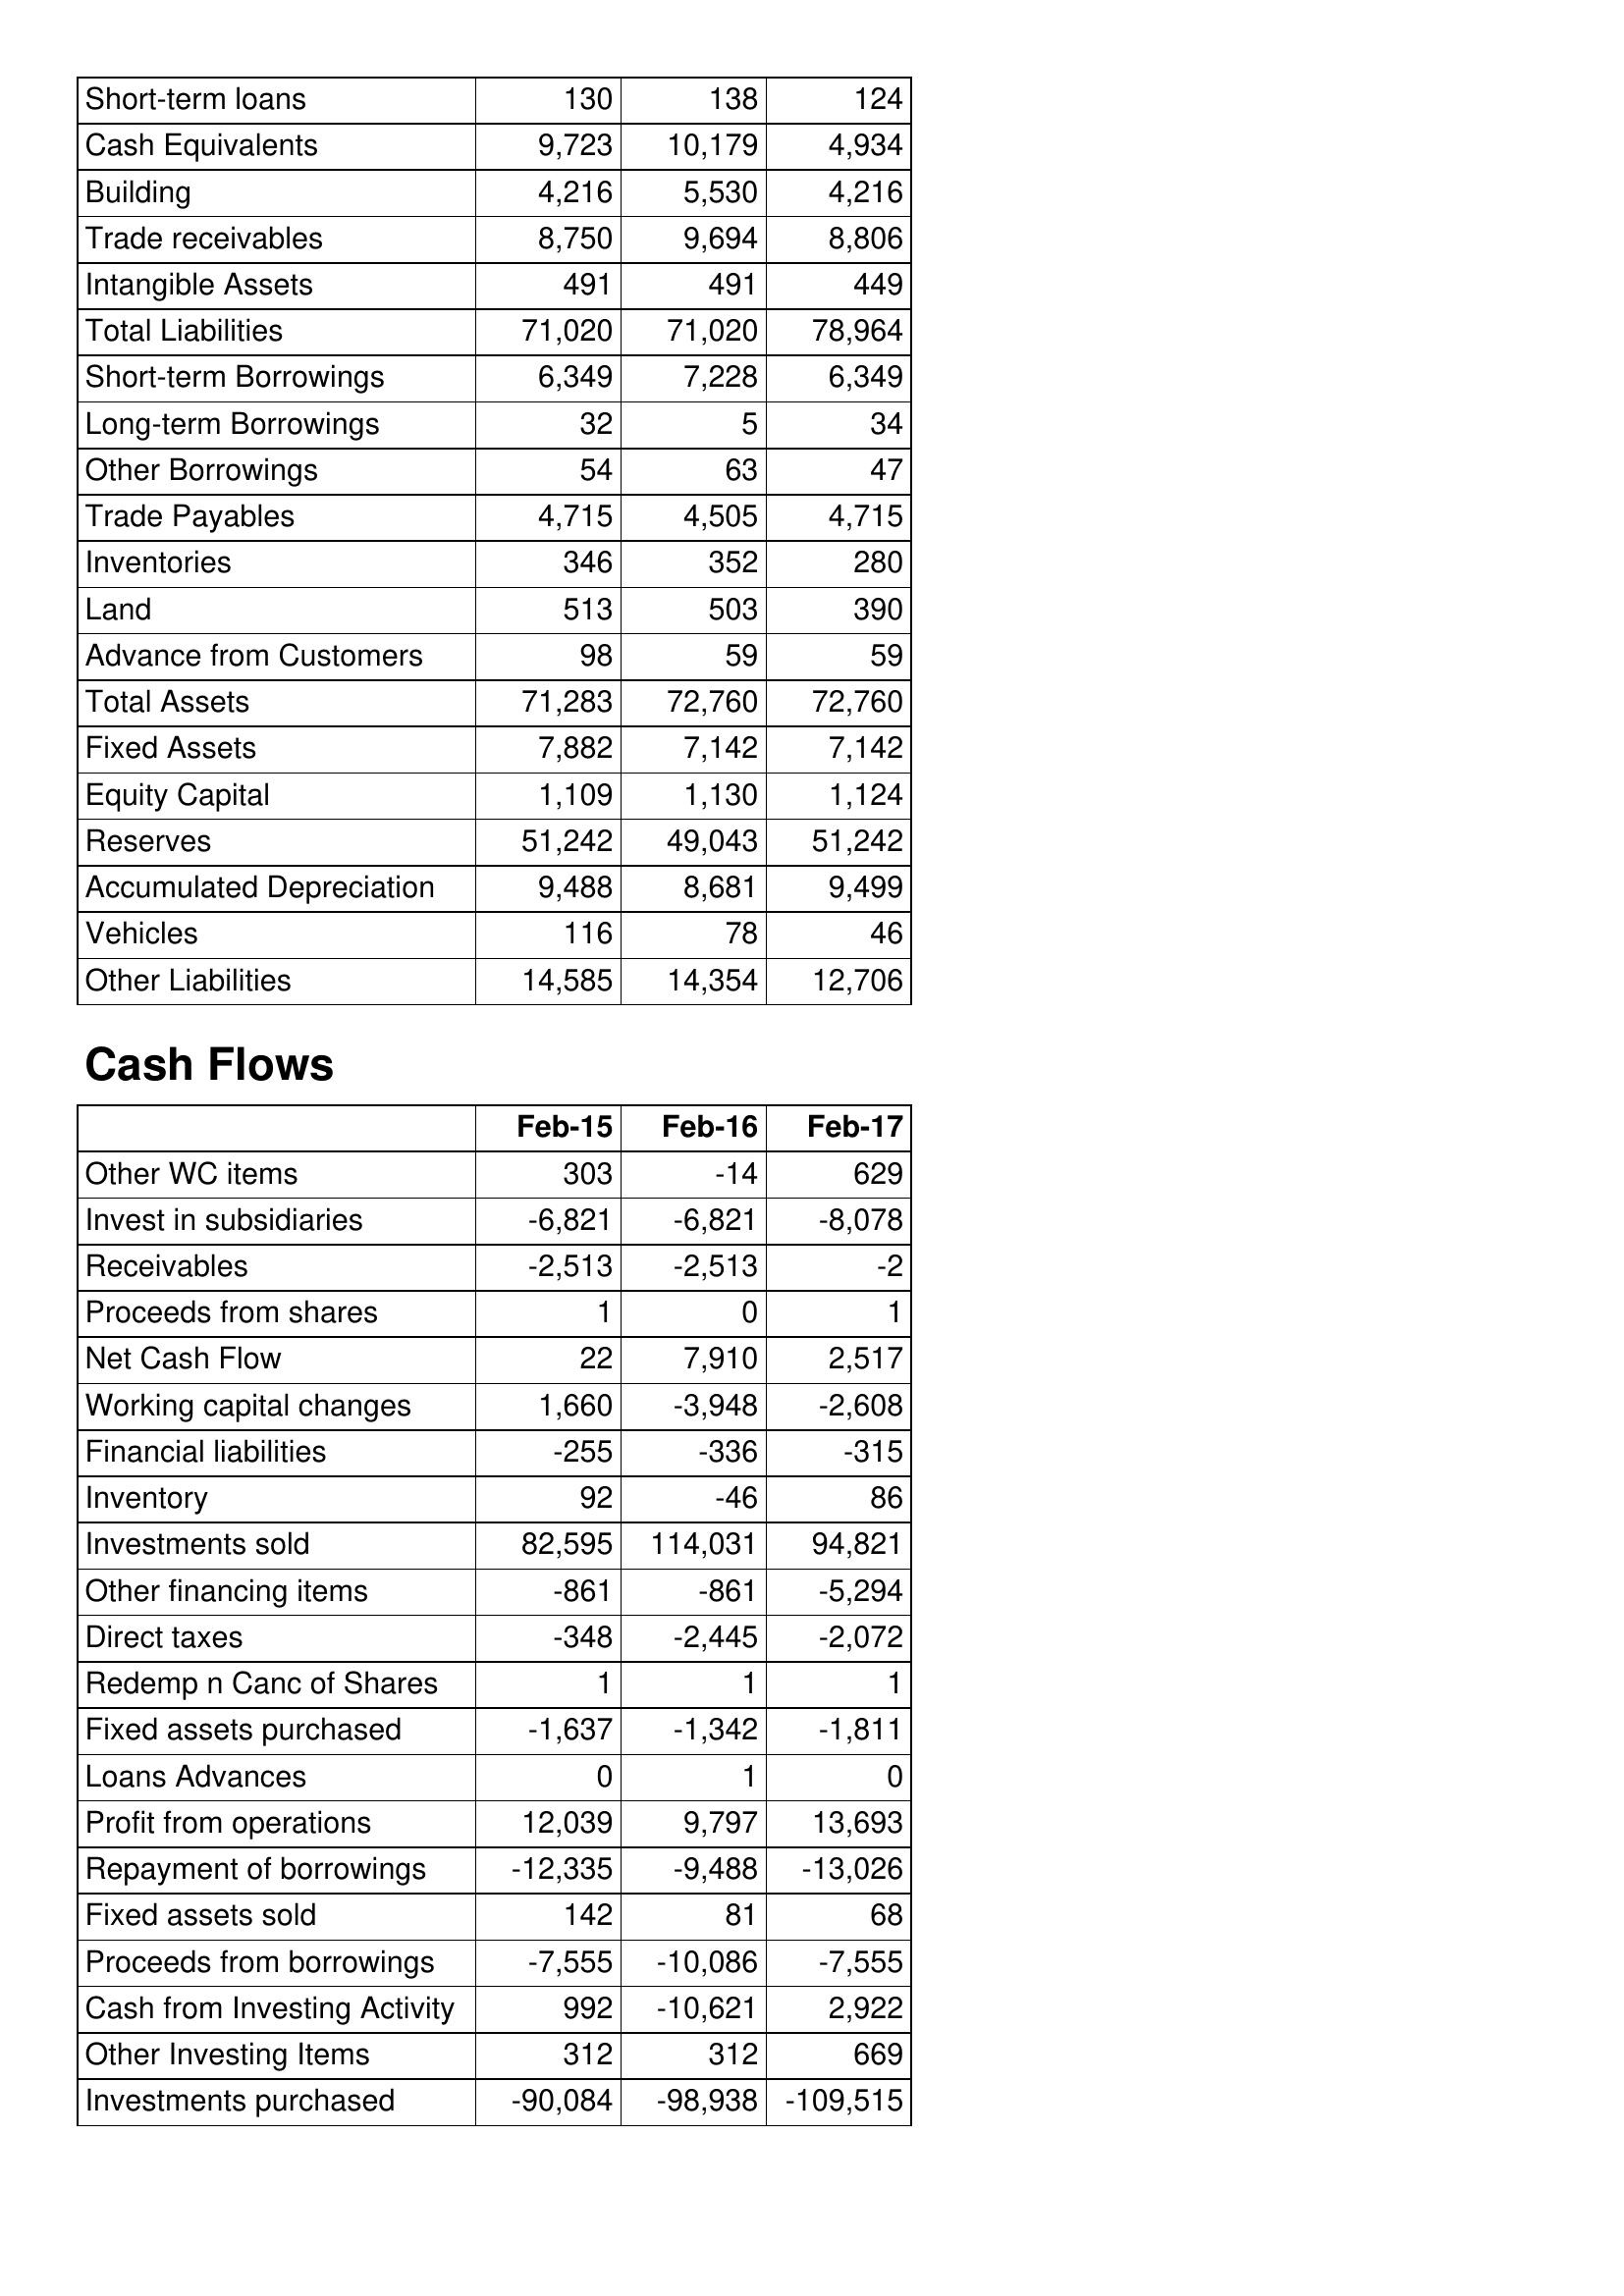
Feb-15: Balance Sheet: Short-term loans: 130
Cash Equivalents: 9,723
Building: 4,216
Trade receivables: 8,750
Intangible Assets: 491
Total Liabilities: 71,020
Short-term Borrowings: 6,349
Long-term Borrowings: 32
Other Borrowings: 54
Trade Payables: 4,715
Inventories: 346
Land: 513
Advance from Customers: 98
Total Assets: 71,283
Fixed Assets: 7,882
Equity Capital: 1,109
Reserves: 51,242
Accumulated Depreciation: 9,488
Vehicles: 116
Other Liabilities: 14,585
Cash Flows: Other WC items: 303
Invest in subsidiaries: -6,821
Receivables: -2,513
Proceeds from shares: 1
Net Cash Flow: 22
Working capital changes: 1,660
Financial liabilities: -255
Inventory: 92
Investments sold: 82,595
Other financing items: -861
Direct taxes: -348
Redemp n Canc of Shares: 1
Fixed assets purchased: -1,637
Loans Advances: 0
Profit from operations: 12,039
Repayment of borrowings: -12,335
Fixed assets sold: 142
Proceeds from borrowings: -7,555
Cash from Investing Activity: 992
Other Investing Items: 312
Investments purchased: -90,084
Feb-16: Balance Sheet: Short-term loans: 138
Cash Equivalents: 10,179
Building: 5,530
Trade receivables: 9,694
Intangible Assets: 491
Total Liabilities: 71,020
Short-term Borrowings: 7,228
Long-term Borrowings: 5
Other Borrowings: 63
Trade Payables: 4,505
Inventories: 352
Land: 503
Advance from Customers: 59
Total Assets: 72,760
Fixed Assets: 7,142
Equity Capital: 1,130
Reserves: 49,043
Accumulated Depreciation: 8,681
Vehicles: 78
Other Liabilities: 14,354
Cash Flows: Other WC items: -14
Invest in subsidiaries: -6,821
Receivables: -2,513
Proceeds from shares: 0
Net Cash Flow: 7,910
Working capital changes: -3,948
Financial liabilities: -336
Inventory: -46
Investments sold: 114,031
Other financing items: -861
Direct taxes: -2,445
Redemp n Canc of Shares: 1
Fixed assets purchased: -1,342
Loans Advances: 1
Profit from operations: 9,797
Repayment of borrowings: -9,488
Fixed assets sold: 81
Proceeds from borrowings: -10,086
Cash from Investing Activity: -10,621
Other Investing Items: 312
Investments purchased: -98,938
Feb-17: Balance Sheet: Short-term loans: 124
Cash Equivalents: 4,934
Building: 4,216
Trade receivables: 8,806
Intangible Assets: 449
Total Liabilities: 78,964
Short-term Borrowings: 6,349
Long-term Borrowings: 34
Other Borrowings: 47
Trade Payables: 4,715
Inventories: 280
Land: 390
Advance from Customers: 59
Total Assets: 72,760
Fixed Assets: 7,142
Equity Capital: 1,124
Reserves: 51,242
Accumulated Depreciation: 9,499
Vehicles: 46
Other Liabilities: 12,706
Cash Flows: Other WC items: 629
Invest in subsidiaries: -8,078
Receivables: -2
Proceeds from shares: 1
Net Cash Flow: 2,517
Working capital changes: -2,608
Financial liabilities: -315
Inventory: 86
Investments sold: 94,821
Other financing items: -5,294
Direct taxes: -2,072
Redemp n Canc of Shares: 1
Fixed assets purchased: -1,811
Loans Advances: 0
Profit from operations: 13,693
Repayment of borrowings: -13,026
Fixed assets sold: 68
Proceeds from borrowings: -7,555
Cash from Investing Activity: 2,922
Other Investing Items: 669
Investments purchased: -109,515